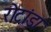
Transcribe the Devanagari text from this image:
रोटांडा